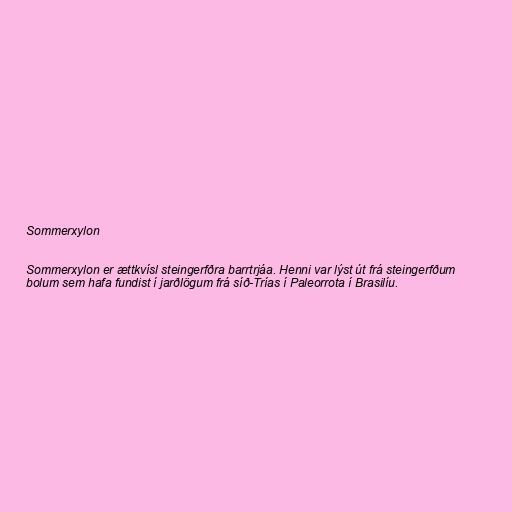
Sommerxylon

Sommerxylon er ættkvísl steingerfðra barrtrjáa. Henni var lýst út frá steingerfðum
bolum sem hafa fundist í jarðlögum frá síð-Trías í Paleorrota í Brasilíu.